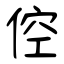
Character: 倥